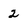
Character: 2